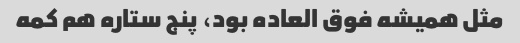
مثل همیشه فوق العاده بود، پنج ستاره هم کمه